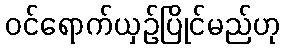
ဝင်ရောက်ယှဉ်ပြိုင်မည်ဟု